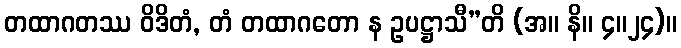
တထာဂတဿ ဝိဒိတံ, တံ တထာဂတော န ဥပဋ္ဌာသီ”တိ (အ။ နိ။ ၄။၂၄)။